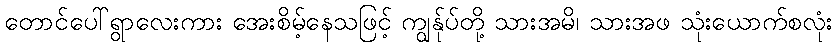
တောင်ပေါ်ရွာလေးကား အေးစိမ့်နေသဖြင့် ကျွန်ုပ်တို့ သားအမိ၊ သားအဖ သုံးယောက်စလုံး